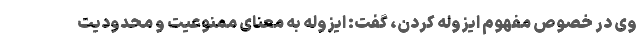
وی در خصوص مفهوم ایزوله کردن، گفت: ایزوله به معنای ممنوعیت و محدودیت